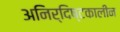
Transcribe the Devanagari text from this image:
अनिर्दिष्टकालीन